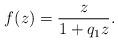
LaTeX: \begin{align*} f(z) = {z \over 1 + q_1 z}. \end{align*}